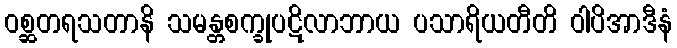
ဝစ္ဆတရသတာနိ သမန္တစက္ခုပဋိလာဘာယ ပသာရိယတီတိ ဝါပိအာဒီနံ